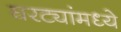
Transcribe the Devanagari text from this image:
घरट्यांमध्ये